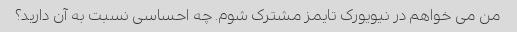
من می خواهم در نیویورک تایمز مشترک شوم. چه احساسی نسبت به آن دارید؟